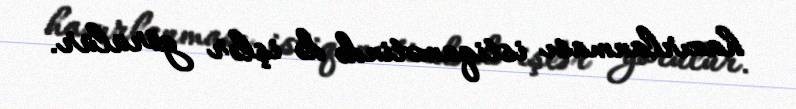
hazırlanması istiqamətində də işlər görülür.